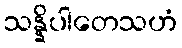
သန္နိပါတေသဟံ